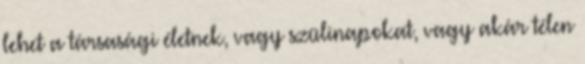
lehet a társasági életnek, vagy szülinapokat, vagy akár télen